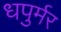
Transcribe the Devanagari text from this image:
धपुर्मर